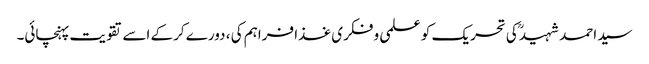
سید احمد شہیدؒ کی تحریک کو علمی و فکری غذا فراہم کی ، دورے کرکے اسے تقویت پہنچائی۔